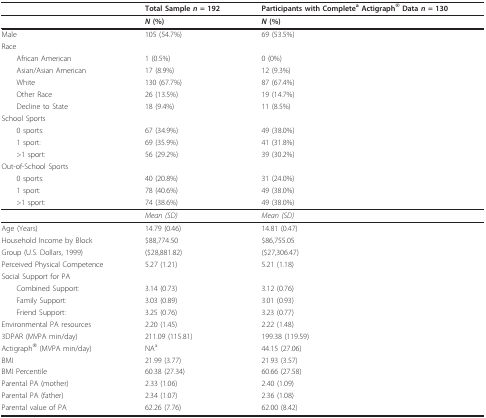
<table><thead><tr><td></td><td><b>Total Sample <i>n </i>= 192</b></td><td><b>Participants with Complete<sup>a </sup>Actigraph<sup>® </sup>Data <i>n </i>= 130</b></td></tr></thead><tbody><tr><td></td><td><b><i>N </i>(%)</b></td><td><b><i>N </i>(%)</b></td></tr><tr><td>Male</td><td>105 (54.7%)</td><td>69 (53.5%)</td></tr><tr><td>Race</td><td></td><td></td></tr><tr><td> African American</td><td>1 (0.5%)</td><td>0 (0%)</td></tr><tr><td> Asian/Asian American</td><td>17 (8.9%)</td><td>12 (9.3%)</td></tr><tr><td> White</td><td>130 (67.7%)</td><td>87 (67.4%)</td></tr><tr><td> Other Race</td><td>26 (13.5%)</td><td>19 (14.7%)</td></tr><tr><td> Decline to State</td><td>18 (9.4%)</td><td>11 (8.5%)</td></tr><tr><td>School Sports</td><td></td><td></td></tr><tr><td> 0 sports:</td><td>67 (34.9%)</td><td>49 (38.0%)</td></tr><tr><td> 1 sport:</td><td>69 (35.9%)</td><td>41 (31.8%)</td></tr><tr><td> &gt;1 sport:</td><td>56 (29.2%)</td><td>39 (30.2%)</td></tr><tr><td>Out-of-School Sports</td><td></td><td></td></tr><tr><td> 0 sports:</td><td>40 (20.8%)</td><td>31 (24.0%)</td></tr><tr><td> 1 sport:</td><td>78 (40.6%)</td><td>49 (38.0%)</td></tr><tr><td> &gt;1 sport:</td><td>74 (38.6%)</td><td>49 (38.0%)</td></tr><tr><td></td><td><i>Mean (SD)</i></td><td><i>Mean (SD)</i></td></tr><tr><td>Age (Years)</td><td>14.79 (0.46)</td><td>14.81 (0.47)</td></tr><tr><td>Household Income by Block</td><td>$88,774.50</td><td>$86,755.05</td></tr><tr><td>Group (U.S. Dollars, 1999)</td><td>($28,881.82)</td><td>($27,306.47)</td></tr><tr><td>Perceived Physical Competence</td><td>5.27 (1.21)</td><td>5.21 (1.18)</td></tr><tr><td>Social Support for PA</td><td></td><td></td></tr><tr><td> Combined Support:</td><td>3.14 (0.73)</td><td>3.12 (0.76)</td></tr><tr><td> Family Support:</td><td>3.03 (0.89)</td><td>3.01 (0.93)</td></tr><tr><td> Friend Support:</td><td>3.25 (0.76)</td><td>3.23 (0.77)</td></tr><tr><td>Environmental PA resources</td><td>2.20 (1.45)</td><td>2.22 (1.48)</td></tr><tr><td>3DPAR (MVPA min/day)</td><td>211.09 (115.81)</td><td>199.38 (119.59)</td></tr><tr><td>Actigraph<sup>® </sup>(MVPA min/day)</td><td>NA<sup>a</sup></td><td>44.15 (27.06)</td></tr><tr><td>BMI</td><td>21.99 (3.77)</td><td>21.93 (3.57)</td></tr><tr><td>BMI Percentile</td><td>60.38 (27.34)</td><td>60.66 (27.58)</td></tr><tr><td>Parental PA (mother)</td><td>2.33 (1.06)</td><td>2.40 (1.09)</td></tr><tr><td>Parental PA (father)</td><td>2.34 (1.07)</td><td>2.36 (1.08)</td></tr><tr><td>Parental value of PA</td><td>62.26 (7.76)</td><td>62.00 (8.42)</td></tr></tbody></table>